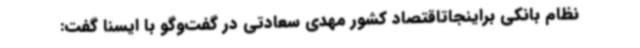
نظام بانکی براینجاتاقتصاد کشور مهدی سعادتی در گفت‌وگو با ایسنا گفت: